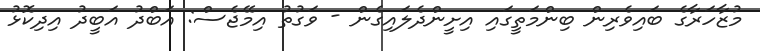
މުޒާހަރާގެ ބައިވެރިން ބިންމަތީގައި އިށީންދެލައިގެން - ވަގުތު އިމޭޖެސް: އަބްދު އަބީދު އިދިކޮޅު